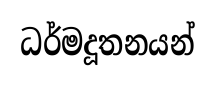
ධර්මදූතනයන්